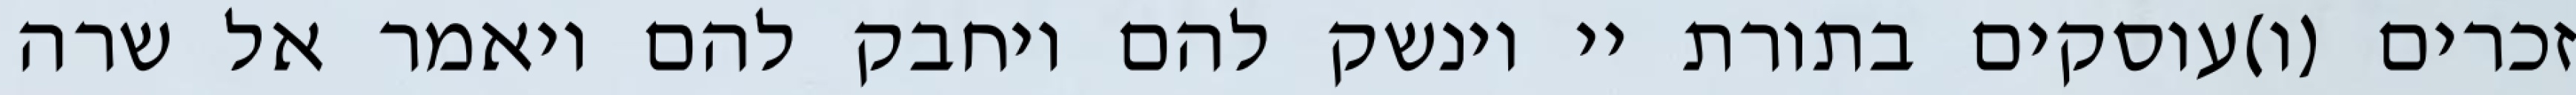
זכרים (ו)עוסקים בתורת יי וינשק להם ויחבק להם ויאמר אל שרה